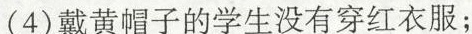
(4)戴黄帽子的学生没有穿红衣服；